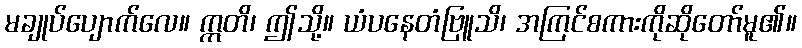
မချုပ်ပျောက်လေ။ ဣတိ၊ ဤသို့။ ယံပနေတံဗြူသိ၊ အကြင်စကားကိုဆိုတော်မူ၏။